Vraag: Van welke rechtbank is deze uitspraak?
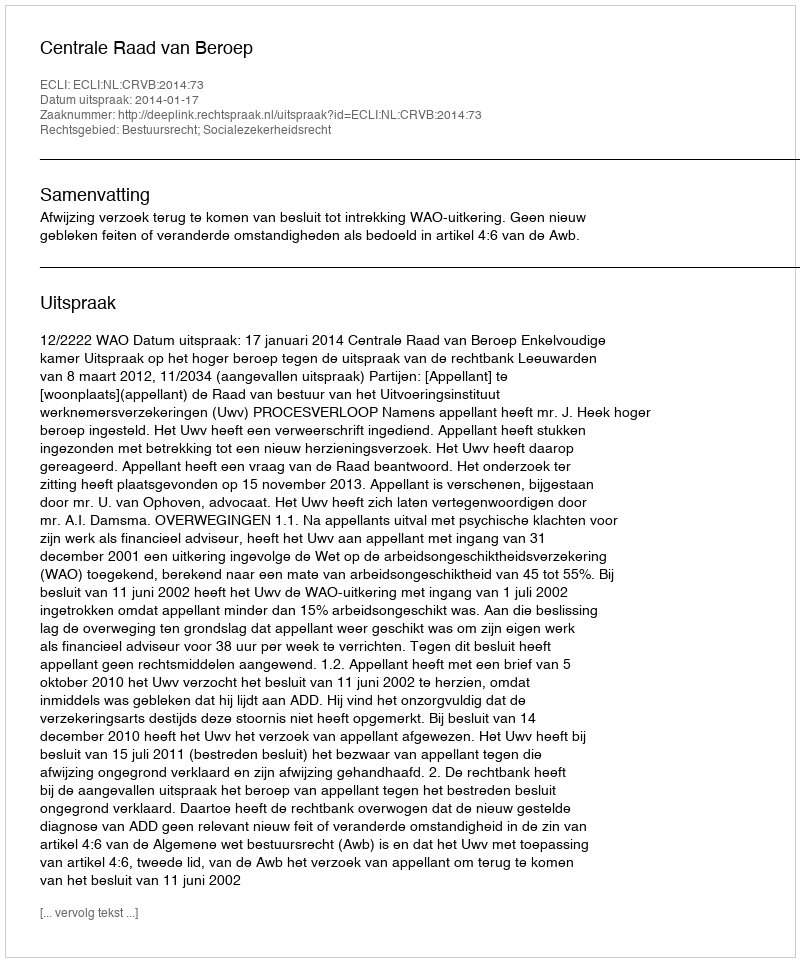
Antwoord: Centrale Raad van Beroep